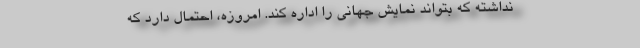
نداشته که بتواند نمایش جهانی را اداره کند. امروزه، احتمال دارد که